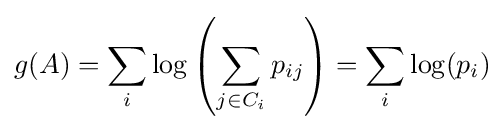
g(A)=\sum _{i}\log \left(\sum _{j\in C_{i}}p_{ij}\right)=\sum _{i}\log(p_{i})